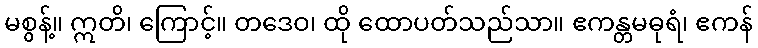
မစွန့်။ ဣတိ၊ ကြောင့်။ တဒေဝ၊ ထို ထောပတ်သည်သာ။ ဧကန္တမဓုရံ၊ ဧကန်